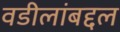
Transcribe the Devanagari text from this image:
वडीलांबद्दल